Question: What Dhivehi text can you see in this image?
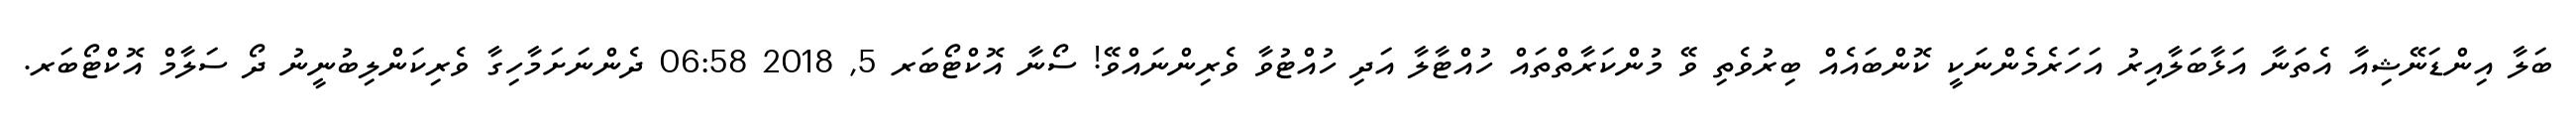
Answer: ބަލާ އިންޑަނޭޝިއާ އެތަނާ އަޅާބަލާއިރު އަހަރެމެންނަކީ ކޮންބައެއް ބިރުވެތި ވޭ މުންކަރާތްތައް ހުއްޓާލާ އަދި ހުއްޓުވާ ވެރިންނައްވޭ! ސޯނާ އޮކްޓޯބަރ 5, 2018 06:58 ދެންނަށަމާހިގާ ވެރިކަންލިބުނީނު ދޯ ސަލާމް އޮކްޓޯބަރ.